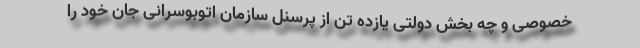
خصوصی و چه بخش دولتی یازده تن از پرسنل سازمان اتوبوسرانی جان خود را